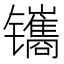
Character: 𫔔